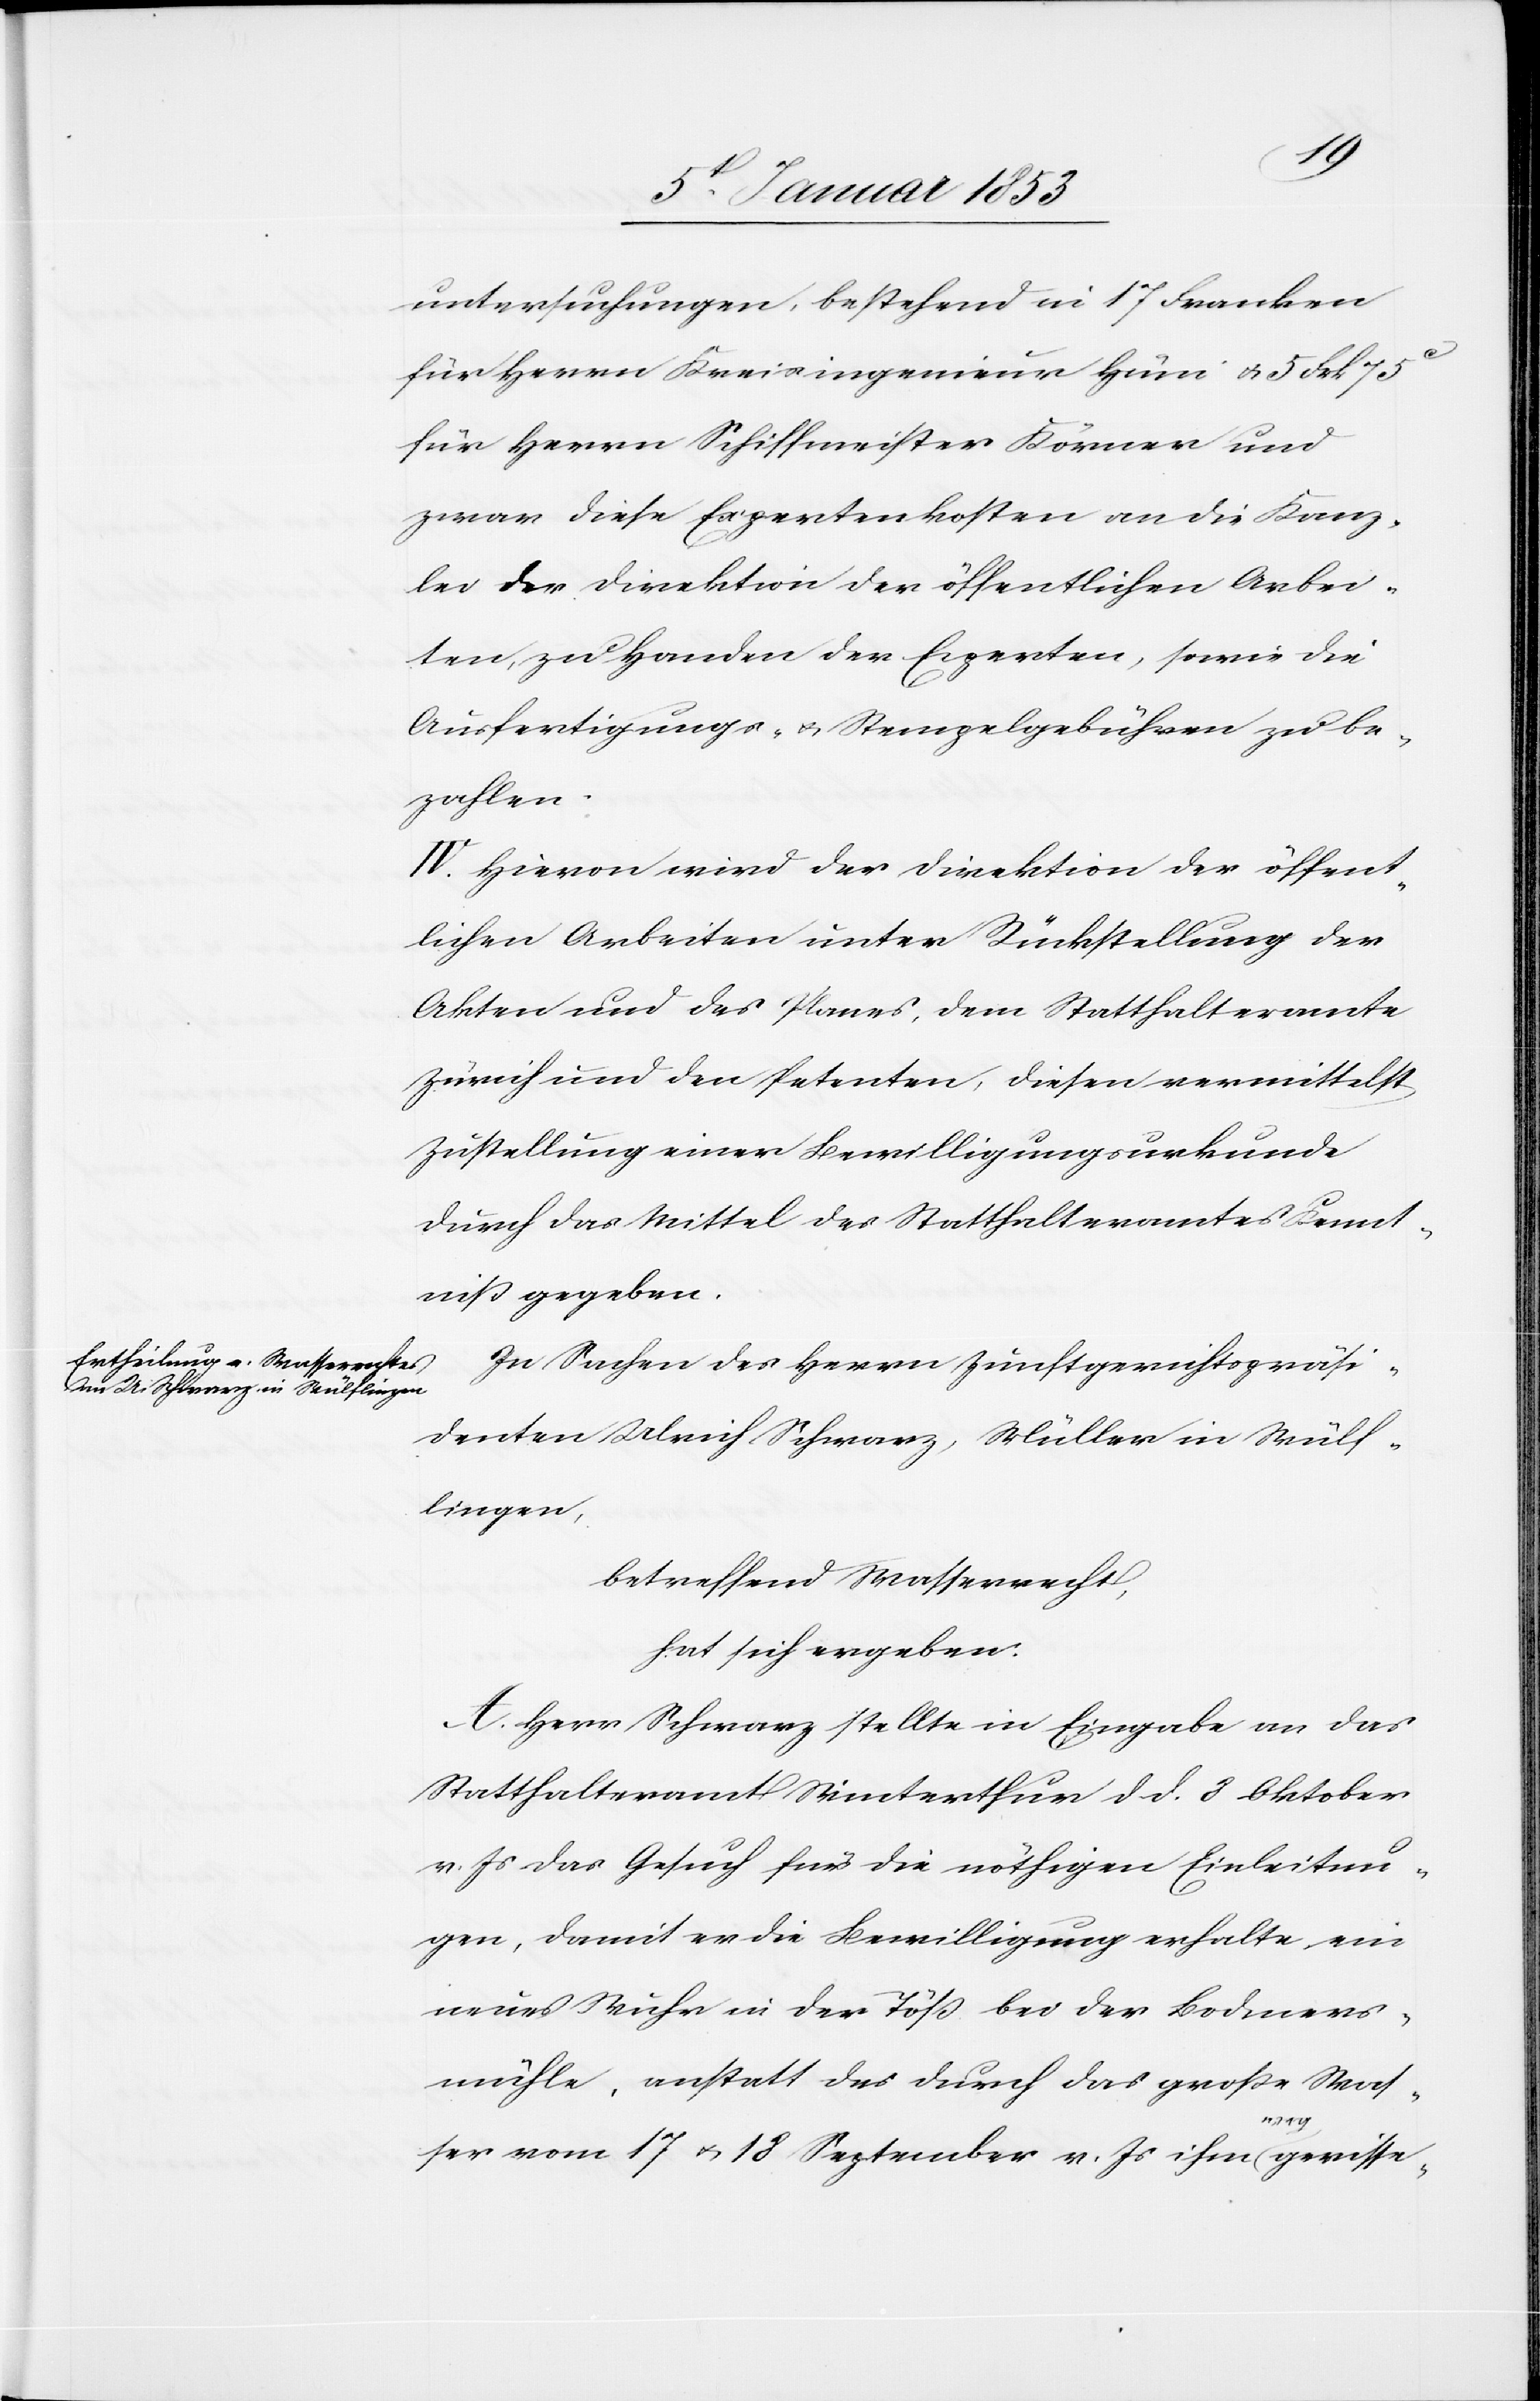
untersuchungen, bestehend in 17 Franken
für Herrn Kreisingenieur Hüni u. 5 Frk 75 c
für Herrn Schiffmeister Körmer und
zwar diese Expertenkosten an die Kanz¬
lei der Direktion der öffentlichen Arbei¬
ten, zu Handen der Experten, sowie die
Ausfertigungs- u. Stempelgebühren zu be¬
zahlen.
IV. Hievon wird der Direktion der öffent¬
lichen Arbeiten unter Rückstellung der
Akten und des Planes, dem Statthalteramte
Zürich und den Petenten, diesen vermittelst
Zustellung einer Bewilligungsurkunde
durch das Mittel des Statthalteramts Kennt¬
niß gegeben.
In Sachen des Herren Zunftgerichtspräsi¬
denten Ulrich Schwarz, Müller in Wülf¬
lingen,
betreffend Wasserrecht,
hat sich ergeben:
Herr Schwarz stellte in Eingabe an das
Statthalteramt Winterthur d. d. 8 Oktober
v. Js. das Gesuch für die nöthigen Einleitun¬
gen, damit er die Bewilligung erhalte ein
neues Wuhr in der Töß bei der Bodners¬
mühle, anstatt des durch das große Was¬
ser vom 17 u. 18 September v. Js. ihm [?] gerisse-